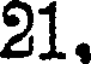
21.